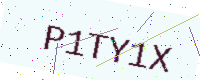
Text: P1TY1X